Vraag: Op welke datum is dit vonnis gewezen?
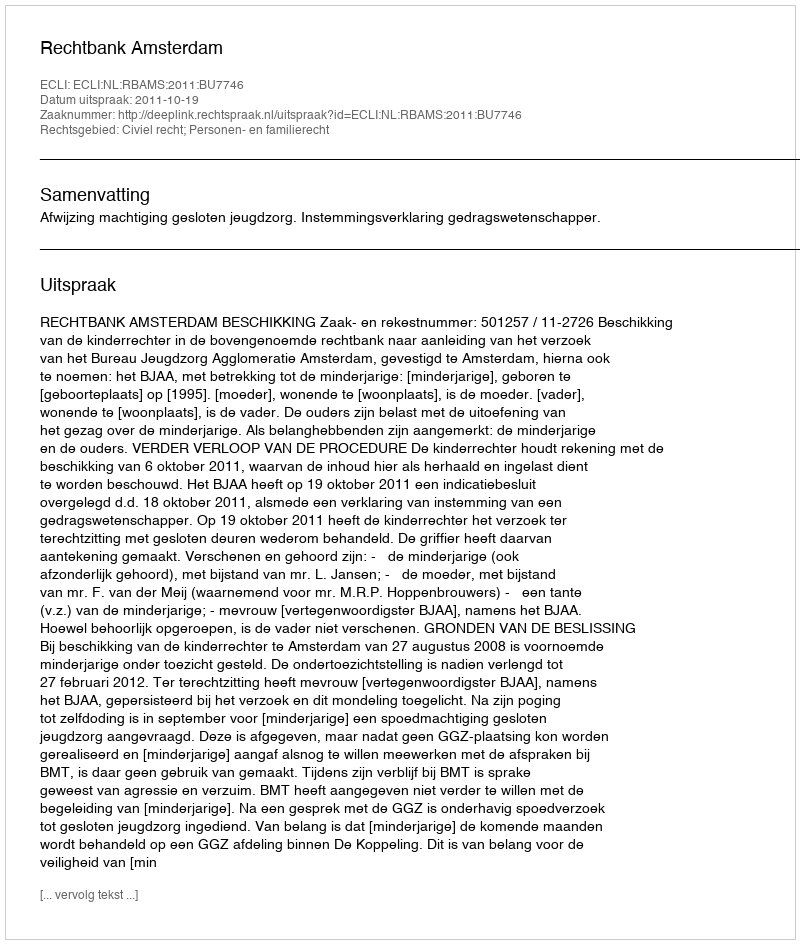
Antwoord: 2011-10-19